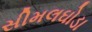
સીમલઘોડા